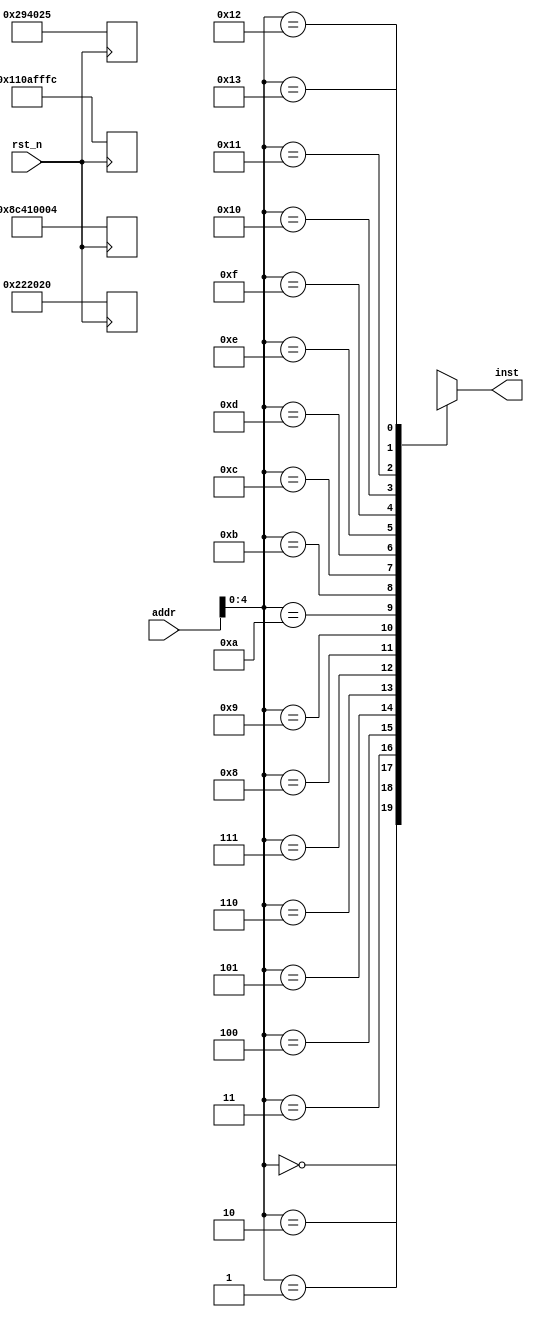
`timescale 1ns/10ps
module Inst_MEM
(
    input rst_n, // reset when 0
    input [31:0] addr, // input the address of instruction
    output wire [31:0] inst // output the instruction correspond to the address of input
);

reg [31:0] Inst_mem [0:19]; // need $readmemh to assign address to instruction

always @(negedge rst_n) 
begin
Inst_mem[0] <= 32'h8c410004;
Inst_mem[4] <= 32'h00222020;
Inst_mem[8] <= 32'h00294025;
Inst_mem[12] <= 32'h110afffc;

//0x8c410004
//0x222020
//0x294025
//0x110afffc
end

assign inst = Inst_mem[addr];
endmodule